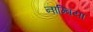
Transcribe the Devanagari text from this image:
नाम्बिया